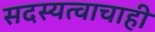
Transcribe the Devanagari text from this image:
सदस्यत्वाचाही